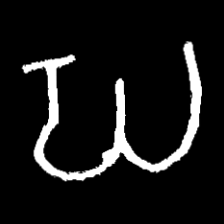
Pyu character \u2014 Myanmar letter: ဃ (romanized: gha)